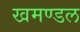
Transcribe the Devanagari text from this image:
खमण्डल